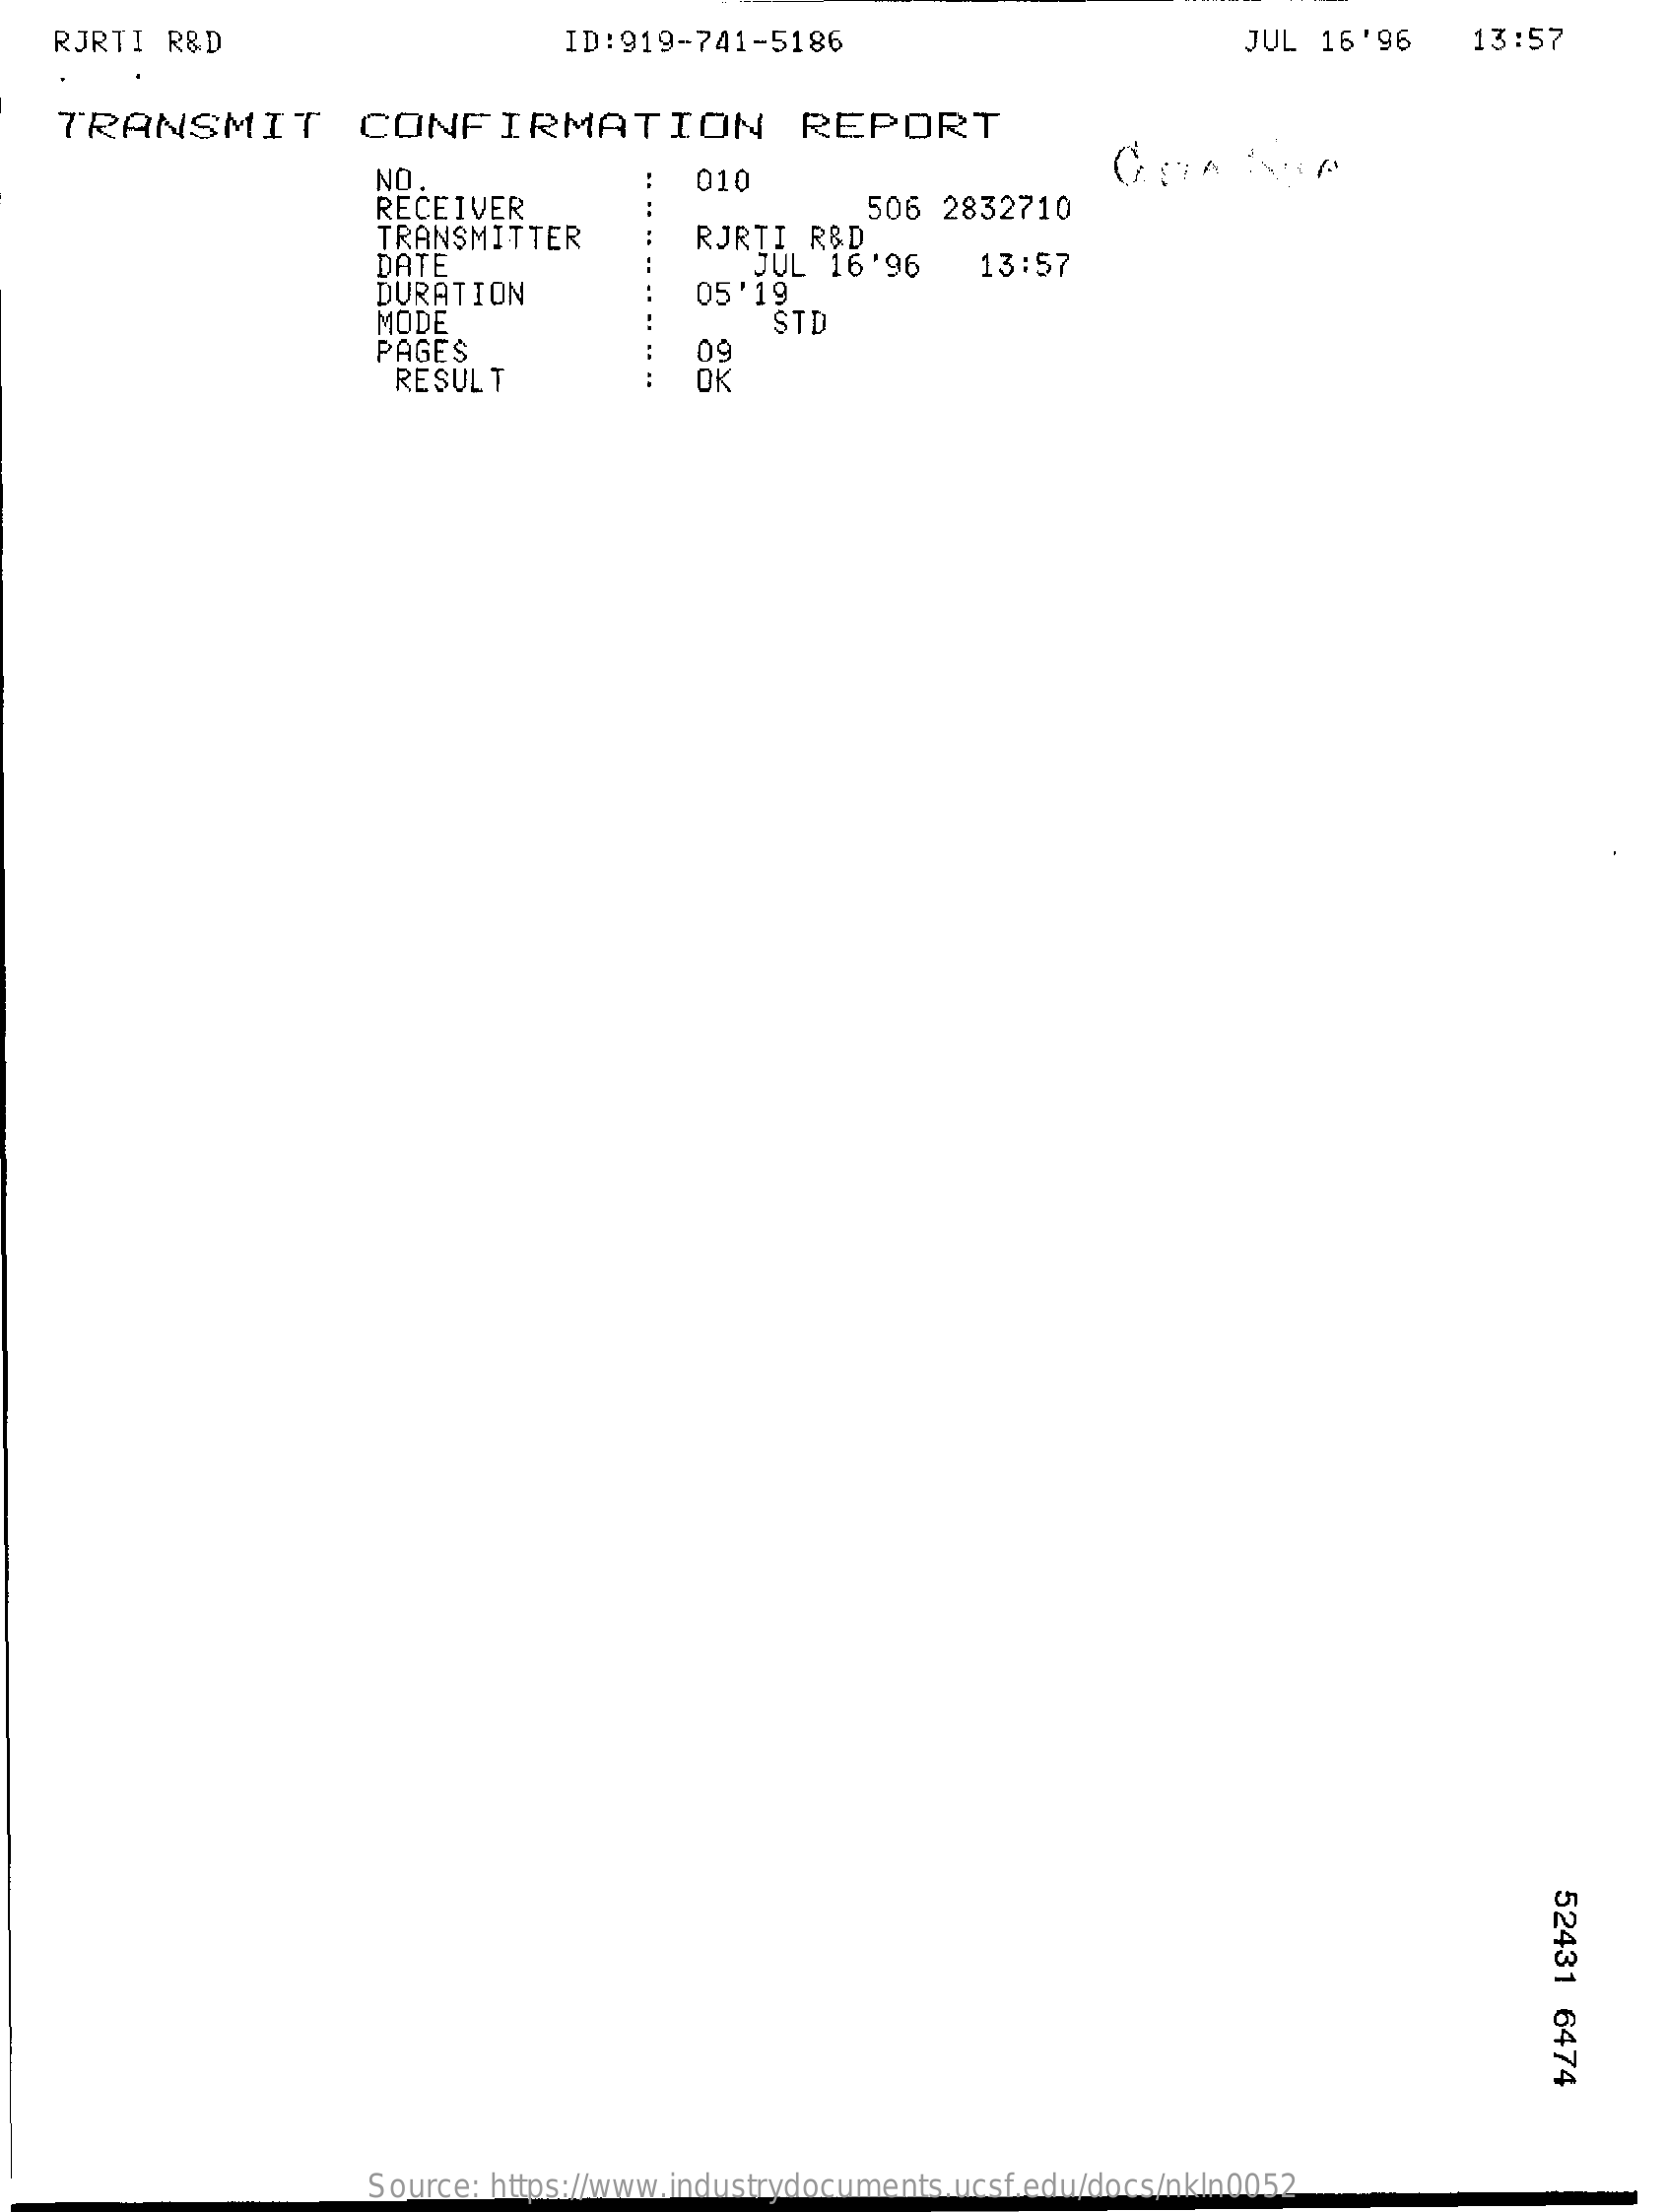
RJRTI  R&D    ID:919-741-5186    JUL  16'96    13:57
    TRANSMIT    CONFIRMATION    REPORT
     NO
     RECEIVER
     010
     TRANSMITTER    RJRTI R&D
     506  2832710
     DATE
     DURATION
     JUL  16'96
     05 '19
     13:57
     MODE    STD
     PAGES    09
     RESULT    OK
     52431
     6474
     Source: https://www.industrydocuments.ucsf.edu/docs/nkln0052